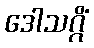
ဒေါသဂ္ဂိံ